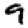
Digit: 9